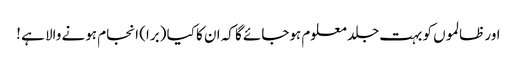
اور ظالموں کو بہت جلد معلوم ہوجائے گا کہ ان کا کیا (برا) انجام ہونے والا ہے !